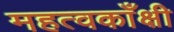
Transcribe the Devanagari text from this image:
महत्वकाँक्षी